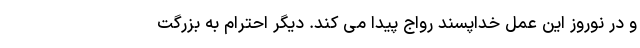
و در نوروز این عمل خداپسند رواج پیدا می کند. دیگر احترام به بزرگت